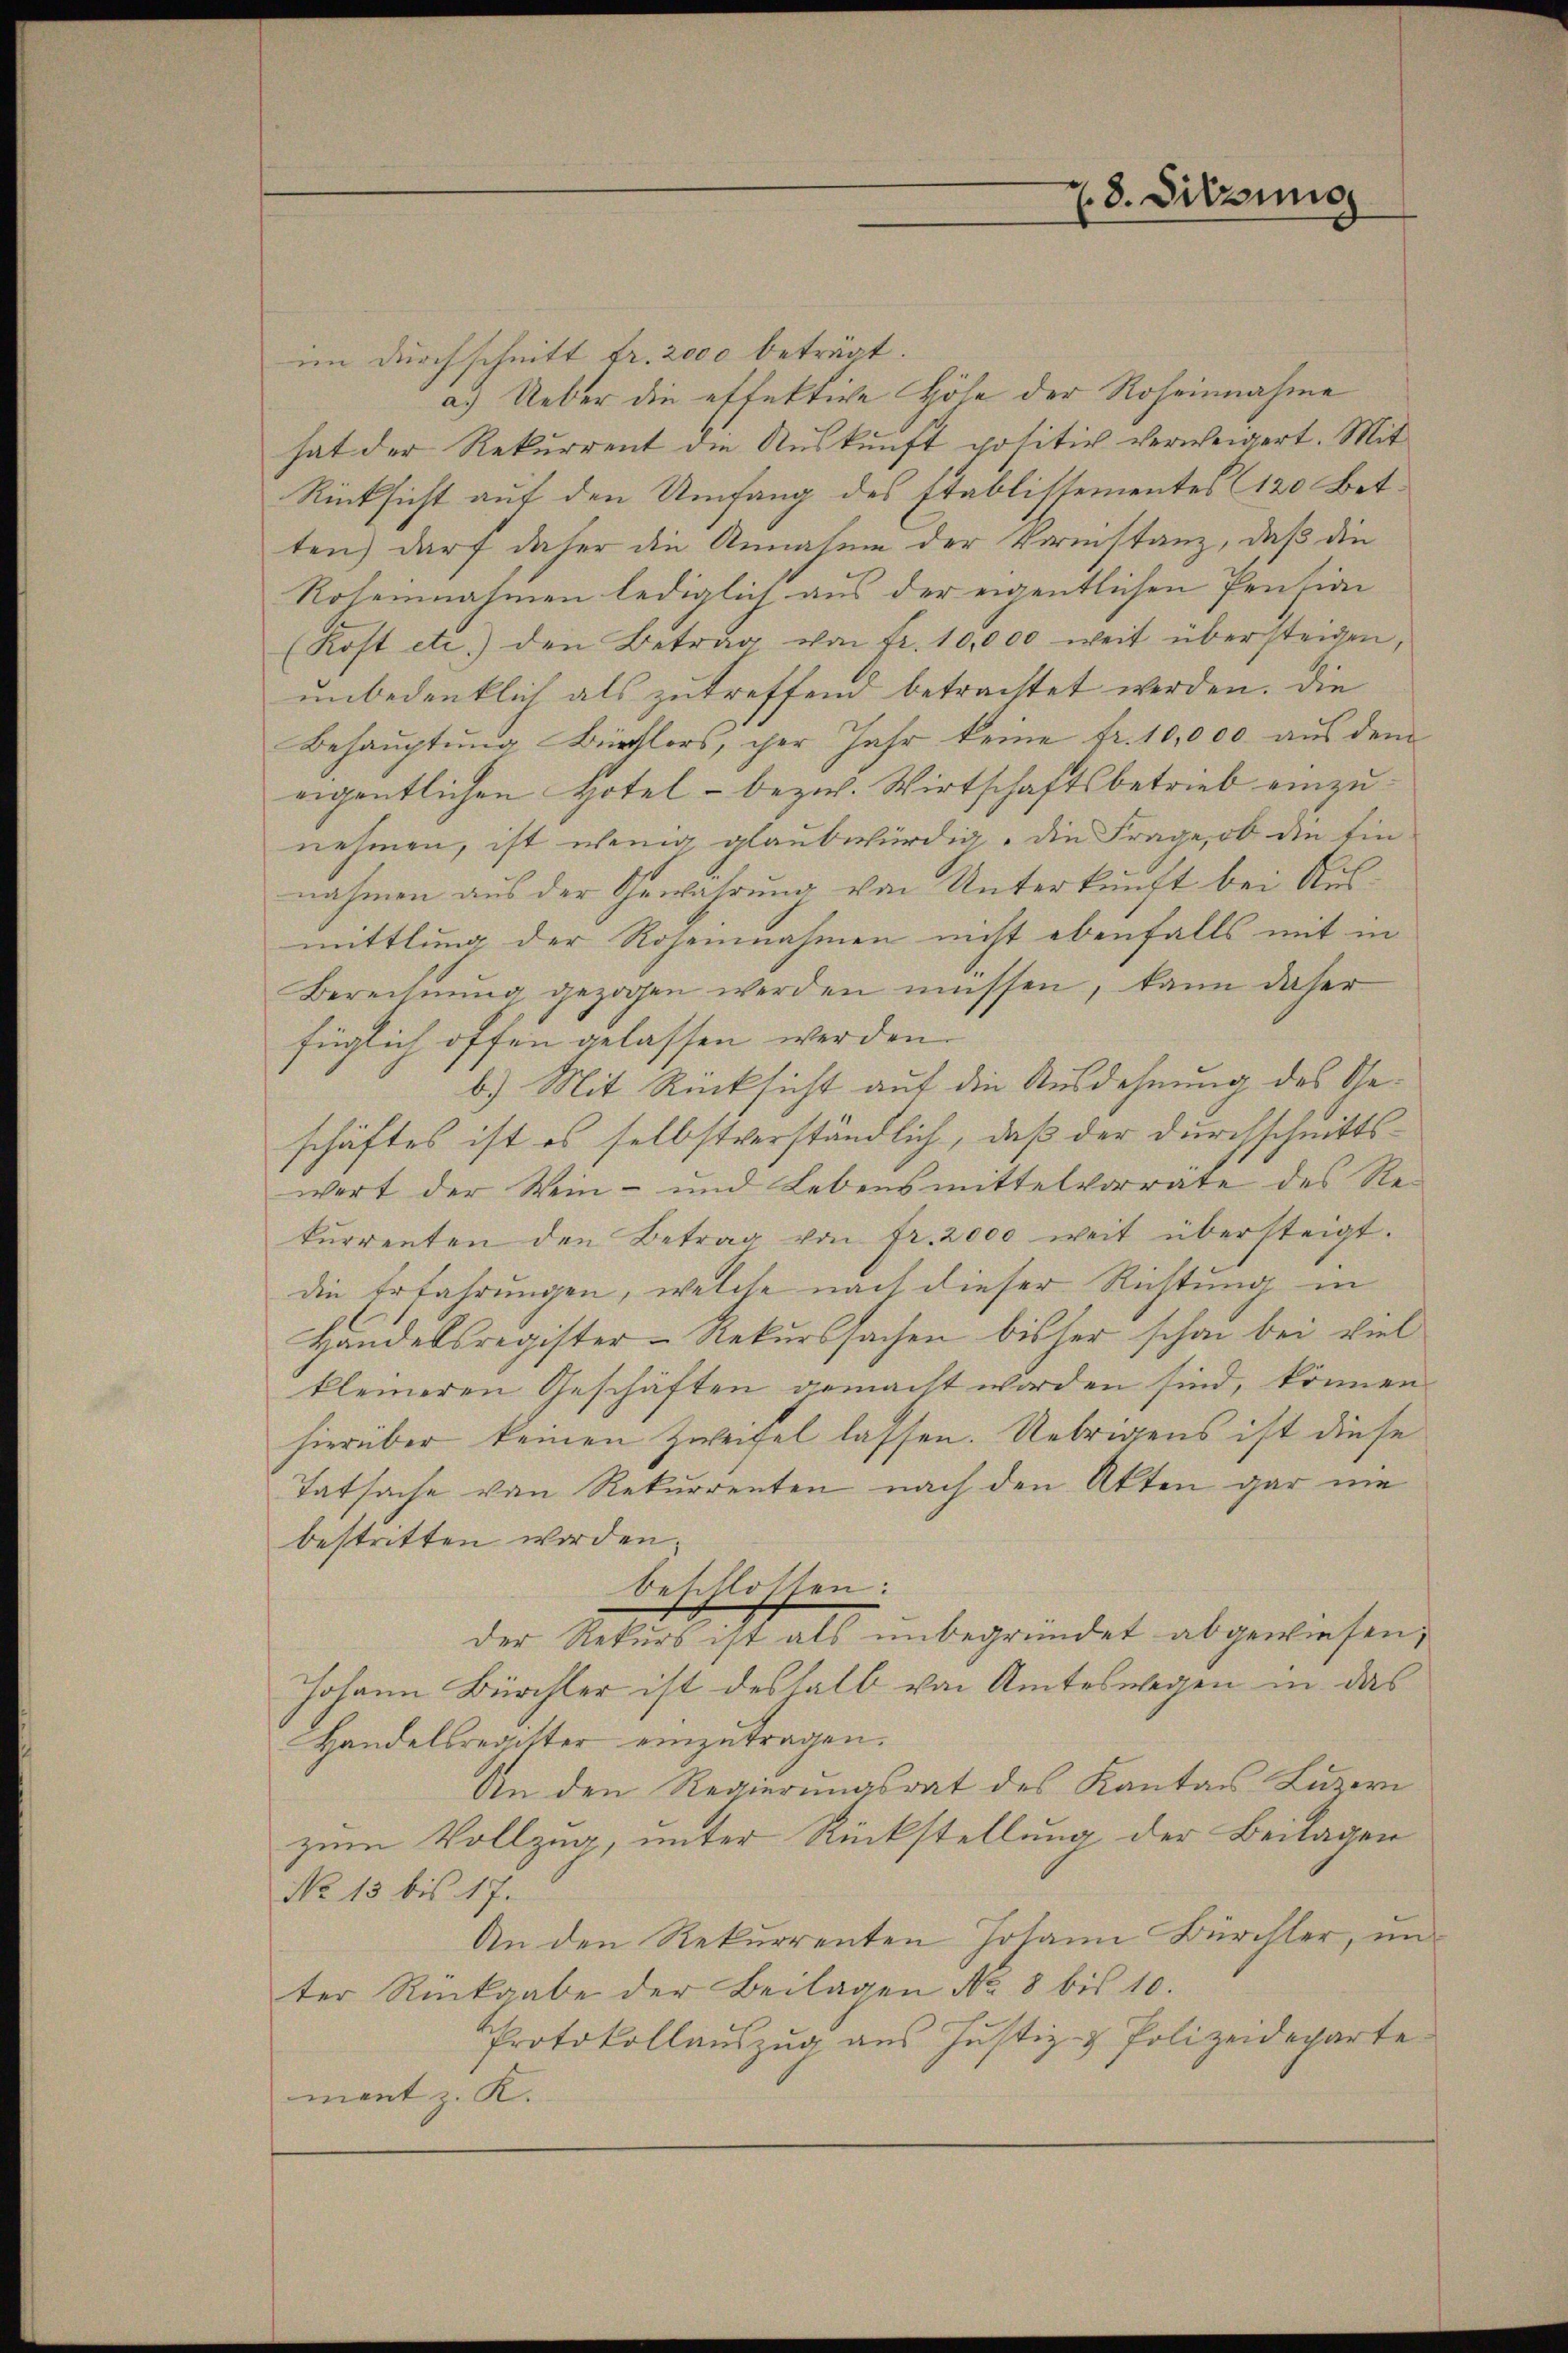
im Durchschnitt fr. 2000 beträgt.
a.) Ueber die effektive Höhe der Roheinnahme
hat der Rekurrent die Auskunft positiv verweigert. Mit
Rücksicht auf den Umfang des Etablistementes 120 Betten) darf daher die Annahme der Vormstanz, daß die
Roheinnahmen lediglich aus der eigentlichen Pension
(Kost etc.) den Betrag von Fr. 10,000 weit übersteigen,
unbedenklich als zutreffend betrachtet werden. Die
Behauptung Bürflers, der Jahr keine fr. 10,000 aus dem
eigentlichen Hotel - bezw. Wirtschaftsbetrieb einzunehmen, ist wenig glaubwürdig, die Frage, ob die Einnahmen aus der Gewährung von Unterkunft bei Ausmittlung der Rogennahmen nicht ebenfalls mit in
Berechnung gezogen werden müssen, kann daher
füglich offen gelassen werden.
b.) Mit Rücksicht auf die Ausdehnung des Geschäftes ist es selbstverständlich, daß der Durchschnittswert der Wein- und Lebensmittelvorrate des Re-
kŭrrenten den Betrag von fr. 2000 weit übersteigt.
die Erfahrungen, welche nach dieser Richtung in
Handelsregister-Rekurssachen bisher schon bei viel
kleineren Geschäften gemacht worden sind, können
hierüber keinen Zweifel lassen. Uebrigens ist diese
Tatsache von Rekurrenten nach den Akten gar nie
bestritten worden.
beschlossen:
der Natur ist als unbegründet abgewiesen,
Johann Bürchter ist deshalb von Amteswegen in das
Handelsregister einzutragen.
An den Regierungsrat des Kantons Luzern
zum Vollzug, unter Rückstellung der Beilagen
No 13 bis 17.
An den Rekurrenten Johann Bürchler, un
ter Rückgabe der Beilagen No 8 bis 10.
Protokollauszug aus Justiz- & Polizeideparte
ment z. K.

28. Sitzung